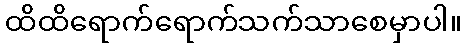
ထိထိရောက်ရောက်သက်သာစေမှာပါ။